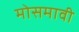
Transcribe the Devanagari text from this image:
मोसमावी